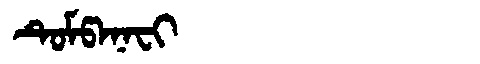
Manchu: ᡨᡠᠮᡦᠠᠨᠠᠸᡳ
Romanization: TUMPANAFI